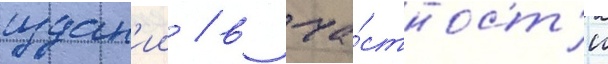
издан'ии / в ча́стност'и